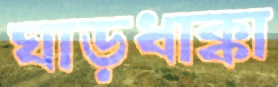
ঘাড়ধাক্কা